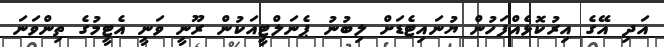
އަދި އޭގެ އިރުކޮޅެއްފަހުން ޔުނައިޓެޑަށް ލިބުނު ޕެނަލްޓީއަކުން ރޫނީ ވަނީ އެޓީމުގެ ތިންވަނަ